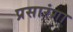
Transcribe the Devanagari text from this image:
प्रसारंगा